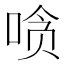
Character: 𰇲